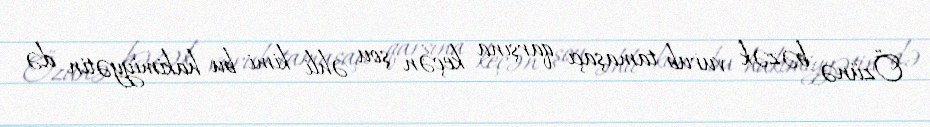
Özünə bəzək vurub tamaşaçı qarşına keçən şou əhli kimi bu hakimiyyətin də